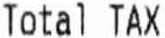
TOTAL TAX